Annual administration and progress report of the Indian Medical Department, Bombay
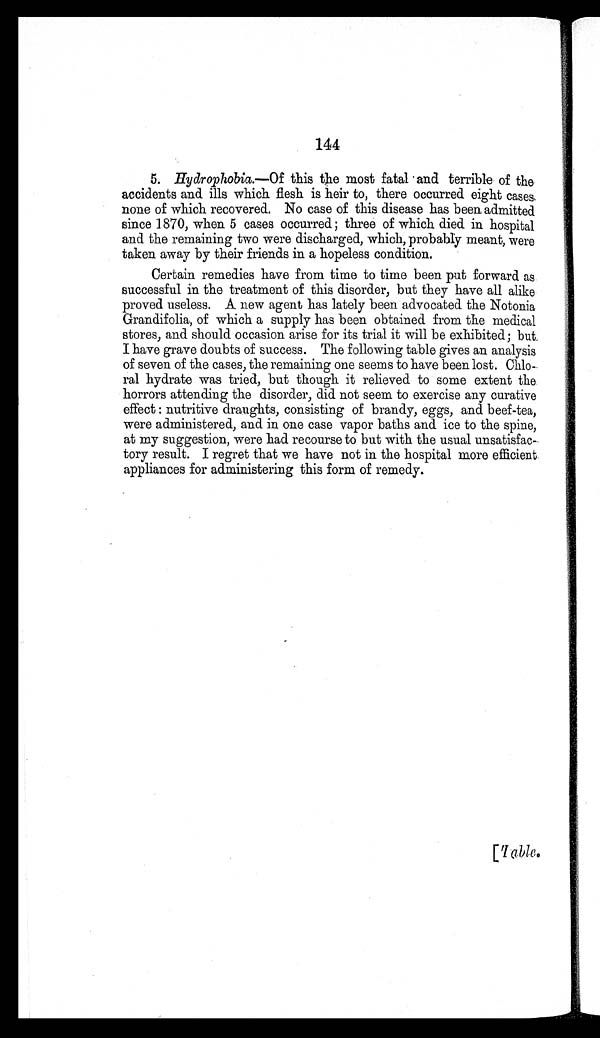
144
5. Hydrophobia.— Of this the most fatal and terrible of the
accidents and ills which flesh is heir to, there occurred eight cases,
none of which recovered. No case of this disease has been admitted
since 1870, when 5 cases occurred ; three of which died in hospital
and the remaining two were discharged, which, probably meant, were
taken away by their friends in a hopeless condition.
Certain remedies have from time to time been put forward as
successful in the treatment of this disorder, but they have all alike
proved useless. A new agent has lately been advocated the Notonia
Grandifolia, of which a supply has been obtained from the medical
stores, and should occasion arise for its trial it will be exhibited; but
I have grave doubts of success. The following table gives an analysis
of seven of the cases, the remaining one seems to have been lost. Chlo-
ral hydrate was tried, but though it relieved to some extent the
horrors attending the disorder, did not seem to exercise any curative
effect : nutritive draughts, consisting of brandy, eggs, and beef-tea,
were administered, and in one case vapor baths and ice to the spine,
at my suggestion, were had recourse to but with the usual unsatisfac-
tory result. I regret that we have not in the hospital more efficient
appliances for administering this form of remedy.
[Table.